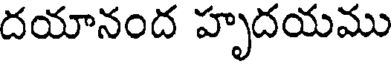
దయానంద హృదయము